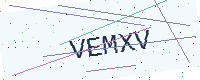
Text: VEMXV